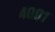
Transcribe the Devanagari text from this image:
४००१